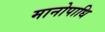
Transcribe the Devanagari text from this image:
मानोपाधि